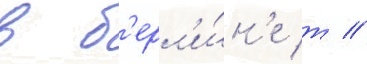
в б'ерл'и́н'е т //